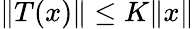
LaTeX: \| T(x)\| \leq K\| x\|